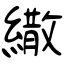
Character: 繖